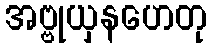
အဗ္ဗုယှနဟေတု